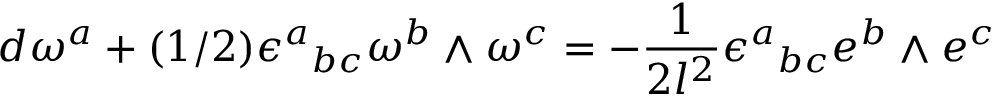
d \omega ^ { a } + ( 1 / 2 ) \epsilon ^ { a } { } _ { b c } \omega ^ { b } \wedge \omega ^ { c } = - \frac { 1 } { 2 l ^ { 2 } } \epsilon ^ { a } { } _ { b c } e ^ { b } \wedge e ^ { c }